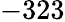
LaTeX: -323